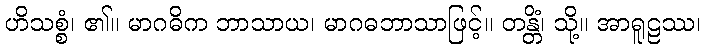
ဟိသစ္စံ၊ ၏။ မာဂဓိက ဘာသာယ၊ မာဂဓဘာသာဖြင့်။ တန္တိံ၊ သို့။ အာရူဠဿ၊